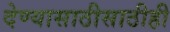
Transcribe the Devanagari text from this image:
देण्यासाठीसाठीही